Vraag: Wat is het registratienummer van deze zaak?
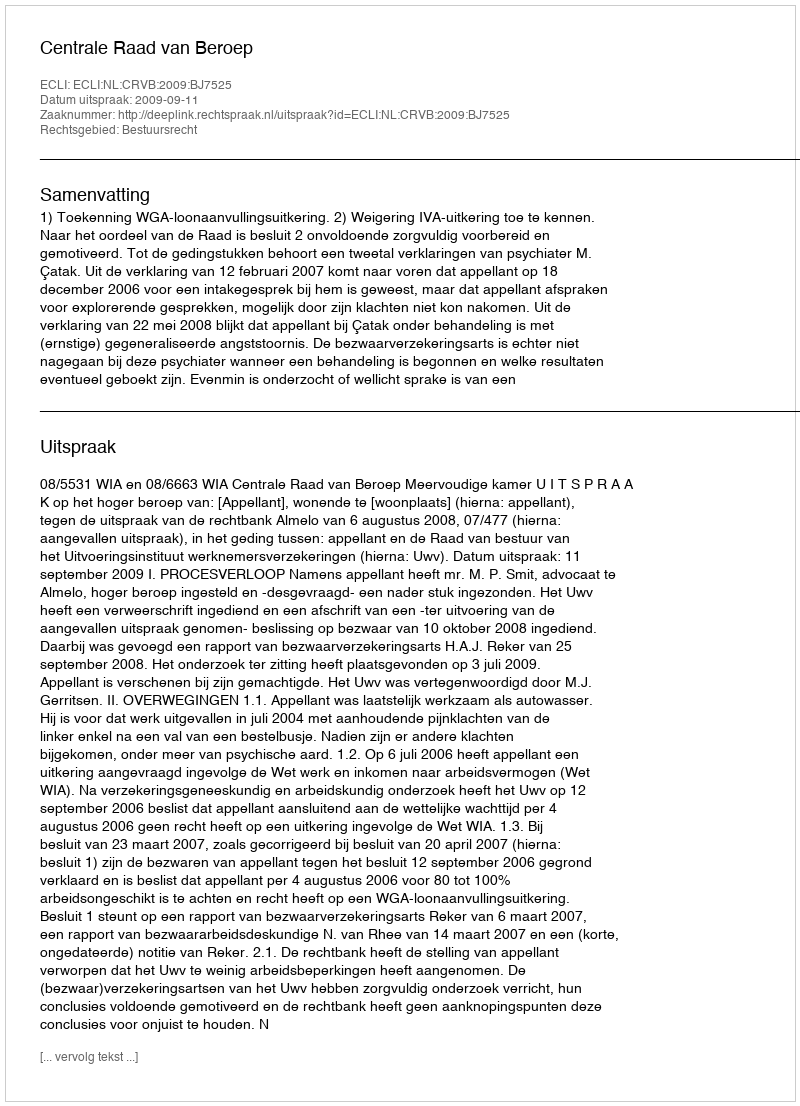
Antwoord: http://deeplink.rechtspraak.nl/uitspraak?id=ECLI:NL:CRVB:2009:BJ7525